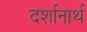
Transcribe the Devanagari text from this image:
दर्शानार्थ